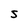
Character: S